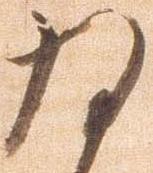
為